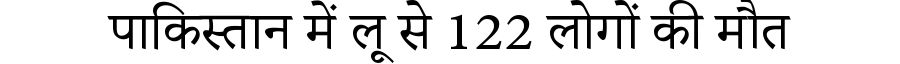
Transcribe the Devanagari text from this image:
पाकिस्तान में लू से 122 लोगों की मौत